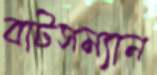
বাটসম্যান